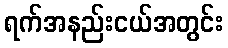
ရက်အနည်းငယ်အတွင်း